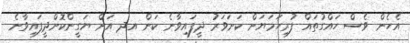
އެހެން ވެސް ހައްގުތައް ފުރިހަމަޔަށް ކަށަވަރު ދީފައިވާނެ ކަން އދ އަށް ޔަގީންކޮށްދީފައިވާނެ